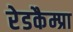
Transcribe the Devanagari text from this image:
रेडकैम्प्रा